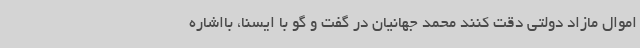
اموال مازاد دولتی دقت کنند محمد جهانیان در گفت و گو با ایسنا، بااشاره